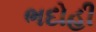
ભદોહી